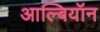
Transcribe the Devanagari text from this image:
आल्बियॉन